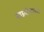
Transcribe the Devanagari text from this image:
मछलीपालन।